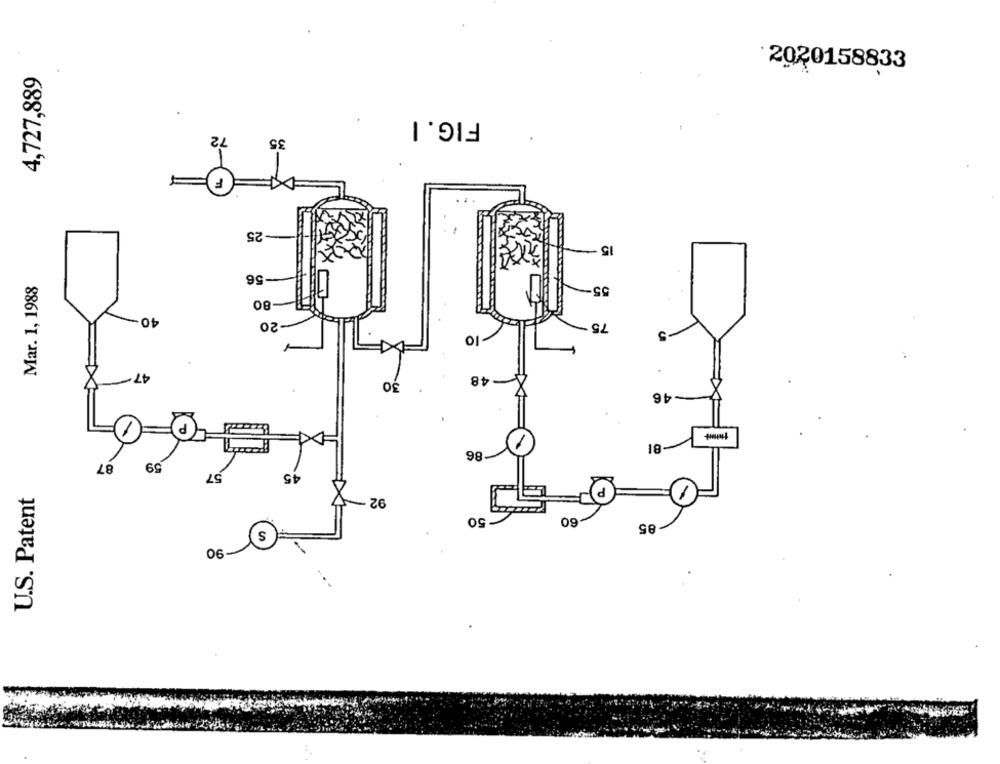
4,727,889
2020158833
FIG. I
72
35
25
15
56
-56
Mar. 1, 1988
55
80
40
20
75
10
47
48
30
46
1
86
87
59
57
15
U.S. Patent
92-
50
60
85
S
90